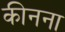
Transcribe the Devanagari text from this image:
कीनना